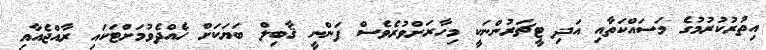
އިތުރުކުރުމުގެ މަސައްކަތާއި އަދި ޓީޗަރުންނަކީ މިހާރަށްވުރެވެސް ފަންނީ ޤާބިލް ބަޔަކަށް ހެއްދެވުމަށްޓަކައި ރާއްޖެއާއި